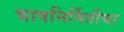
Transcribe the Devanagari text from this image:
भाषनिर्मितीचा